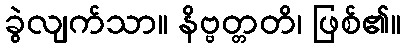
ခွဲလျက်သာ။ နိဗ္ဗတ္တတိ၊ ဖြစ်၏။